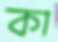
কা